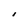
Character: I